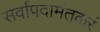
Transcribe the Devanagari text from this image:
सर्वापदामंतकरं